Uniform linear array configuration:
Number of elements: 16
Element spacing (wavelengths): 0.75
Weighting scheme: hann
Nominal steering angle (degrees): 45
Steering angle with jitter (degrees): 44.403
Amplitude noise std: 0.05
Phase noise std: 0.05

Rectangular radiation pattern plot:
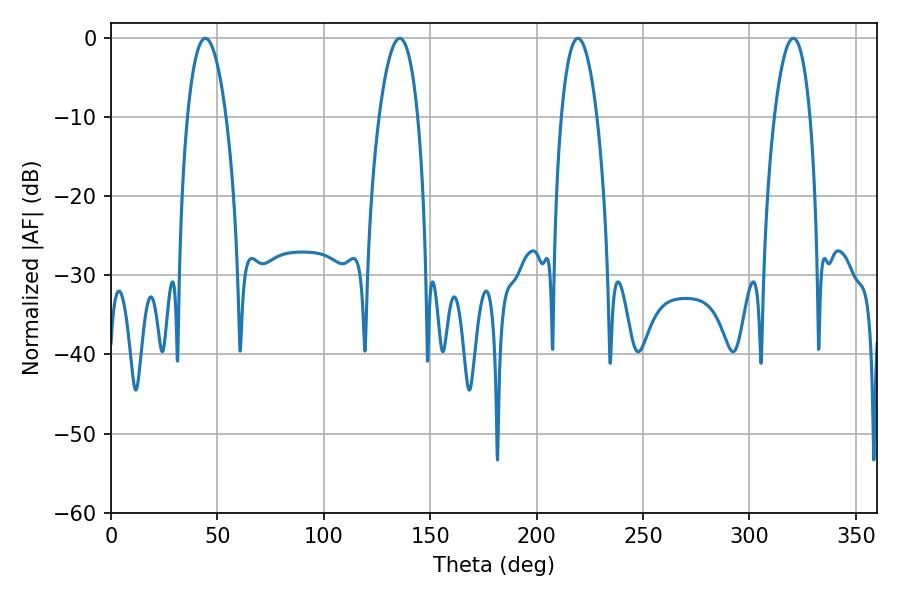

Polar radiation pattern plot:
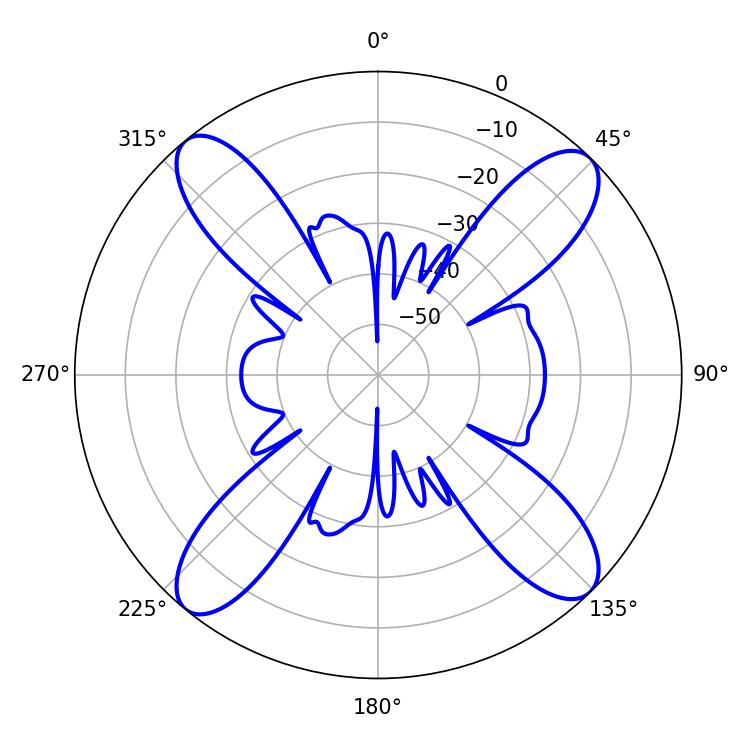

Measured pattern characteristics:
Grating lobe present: TRUE
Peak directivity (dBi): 16.633
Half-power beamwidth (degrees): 9.36
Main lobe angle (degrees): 219.42